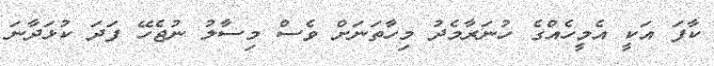
ކާފަ އަކީ އެމީހެެއްގެ ހުނަރާމެދު މިހާތަނަށް ވެސް މިސާލު ނުޖެހޭ ފަދަ ކުޅަދާނަ